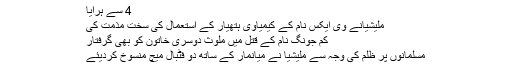
4 سے ہرایا
ملیشیانے وی ایکس نام کے کیمیاوی ہتھیار کے استعمال کی سخت مذمت کی
کم جونگ نام کے قتل میں ملوث دوسری خاتون کو بھی گرفتار
مسلمانوں پر ظلم کی وجہ سے ملیشیا نے میانمار کے ساتھ دو فٹبال میچ منسوخ کردیئے